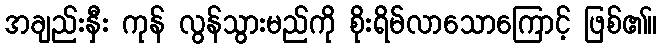
အချည်းနှီး ကုန် လွန်သွားမည်ကို စိုးရိမ်လာသောကြောင့် ဖြစ်၏။